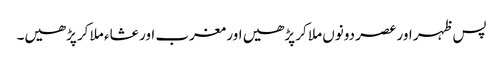
پس ظہر اور عصر دونوں ملا کر پڑھیں اور مغرب اور عشاء ملا کر پڑھیں۔